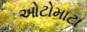
ઓટોમાટા